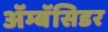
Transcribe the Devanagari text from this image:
ॲम्बॅसिडर